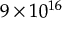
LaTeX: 9 \times 1 0 ^ { 1 6 }